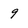
Character: 9